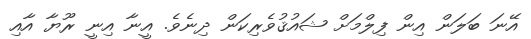
އޭނަ ބަލަން އިން ފިލްމަށް ޝައުޤުވެރިކަން ދިނެވެ. އީނާ އިނީ ރޫޔާ އާއި